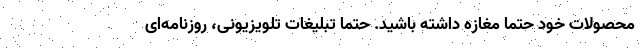
محصولات خود حتما مغازه داشته باشید. حتما تبلیغات تلویزیونی، روزنامه‌ای